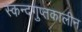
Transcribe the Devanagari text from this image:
स्कन्दगुप्तकालीन